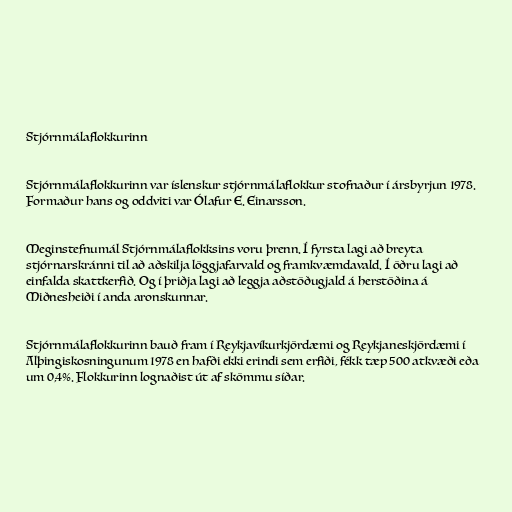
Stjórnmálaflokkurinn

Stjórnmálaflokkurinn var íslenskur stjórnmálaflokkur stofnaður í ársbyrjun 1978.
Formaður hans og oddviti var Ólafur E. Einarsson.

Meginstefnumál Stjórnmálaflokksins voru þrenn. Í fyrsta lagi að breyta
stjórnarskránni til að aðskilja löggjafarvald og framkvæmdavald. Í öðru lagi að
einfalda skattkerfið. Og í þriðja lagi að leggja aðstöðugjald á herstöðina á
Miðnesheiði í anda aronskunnar.

Stjórnmálaflokkurinn bauð fram í Reykjavíkurkjördæmi og Reykjaneskjördæmi í
Alþingiskosningunum 1978 en hafði ekki erindi sem erfiði, fékk tæp 500 atkvæði eða
um 0,4%. Flokkurinn lognaðist út af skömmu síðar.